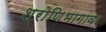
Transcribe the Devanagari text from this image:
श्रोणिभागावर